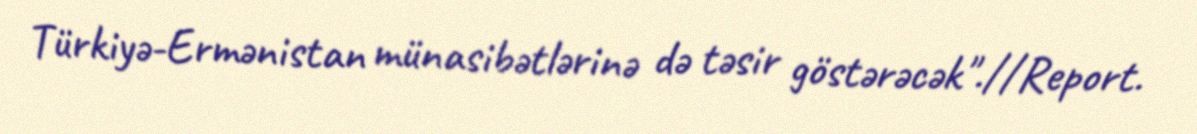
Türkiyə-Ermənistan münasibətlərinə də təsir göstərəcək".//Report.